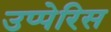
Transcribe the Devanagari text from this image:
उप्पेरिस